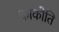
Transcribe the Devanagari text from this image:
काकोति